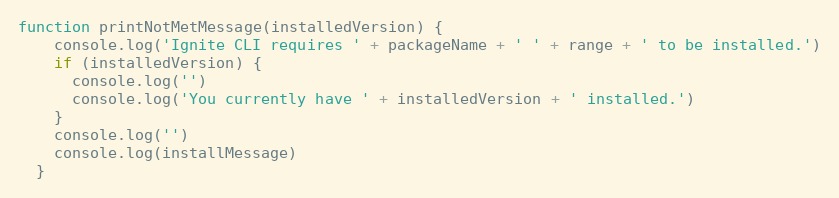
Language: JavaScript
function printNotMetMessage(installedVersion) {
    console.log('Ignite CLI requires ' + packageName + ' ' + range + ' to be installed.')
    if (installedVersion) {
      console.log('')
      console.log('You currently have ' + installedVersion + ' installed.')
    }
    console.log('')
    console.log(installMessage)
  }